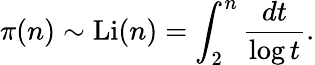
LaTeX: \pi(n)\sim\operatorname{Li}(n)=\int_{2}^{n}{\frac{dt}{\log t}}.